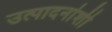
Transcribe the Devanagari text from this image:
उत्पादनांशी